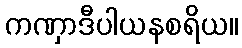
ကဏှာဒီပါယနစရိယ။